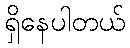
ရှိနေပါတယ်